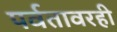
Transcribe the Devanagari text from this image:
पर्वतावरही